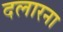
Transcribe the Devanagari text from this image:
दलारना